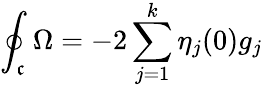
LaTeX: \oint_{\mathfrak{c}}\Omega=-2\sum_{j=1}^{k}\eta_{j}(0)g_{j}